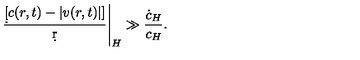
{ \left. { \frac { \d [ c ( r , t ) - | v ( r , t ) | ] } { \d r } } \right| _ { H } \gg { \frac { \dot { c } _ { H } } { c _ { H } } } } .